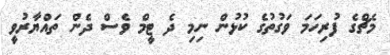
މެޗްގެ ފުރިހަމަ ވަގުތުގެ ކުޅުން ނިމި ދެ ޓީމް ވެސް ދެން ތައްޔާރުވީ